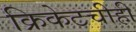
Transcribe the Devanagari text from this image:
क्रिकेटचीही